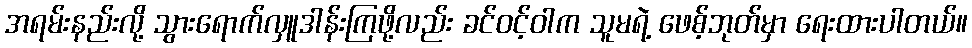
အရမ်းနည်းလို့ သွားရောက်လှူဒါန်းကြဖို့လည်း ခင်ဝင့်ဝါက သူမရဲ့ ဖေစ့်ဘုတ်မှာ ရေးထားပါတယ်။